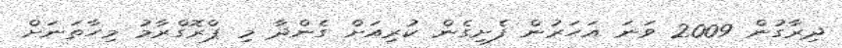
ދިރާގުން 2009 ވަނަ އަހަރުން ފެށިގެން ކުރިއަށް ގެންދާ މި ޕްރޮގްރާމު މިހާތަނަށް